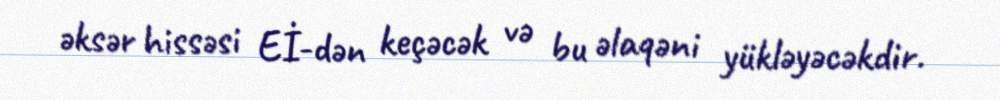
əksər hissəsi Eİ-dən keçəcək və bu əlaqəni yükləyəcəkdir.